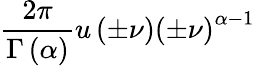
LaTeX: {\frac{2\pi}{\Gamma\left(\alpha\right)}}u\left(\pm\nu\right)\left(\pm\nu\right)^{\alpha-1}